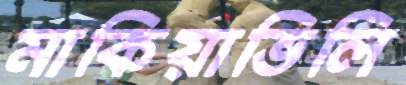
মাকিয়াভিলি